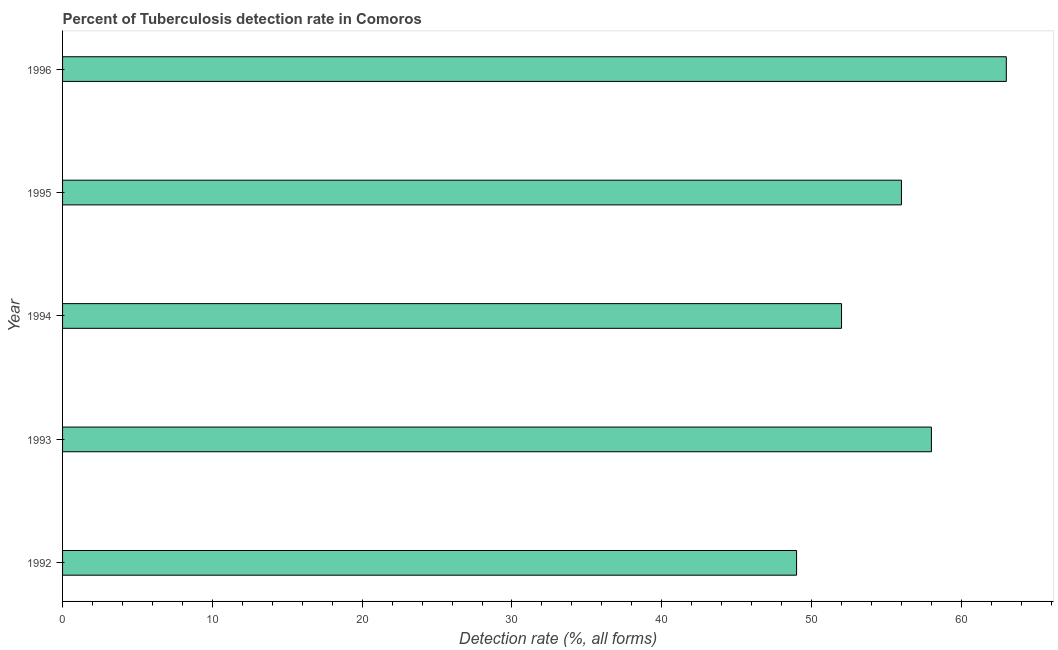
| Year | Tuberculosis case detection rate |
 | --- | --- |
 | 1992 | 49 |
 | 1993 | 58 |
 | 1994 | 52 |
 | 1995 | 56 |
 | 1996 | 63 |